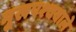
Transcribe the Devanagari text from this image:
मुखपश्चवाले